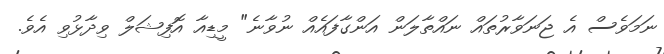
ނަމަވެސް އެ ޖަނަވާރުތައް ނައްތާލަން އަންގާފައެއް ނުވާނެ" މީޑިއާ އޮފިޝަލް ވިދާޅުވި އެވެ.